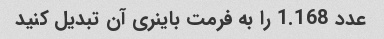
عدد 1.168 را به فرمت باینری آن تبدیل کنید